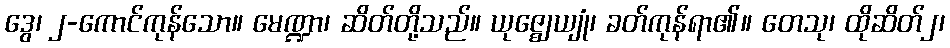
ဒွေ၊ ၂-ကောင်ကုန်သော။ မေဏ္ဍာ၊ ဆိတ်တို့သည်။ ယုဇ္ဈေယျုံ၊ ခတ်ကုန်ရာ၏။ တေသု၊ ထိုဆိတ်၂၊